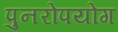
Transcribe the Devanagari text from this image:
पुनरोपयोग